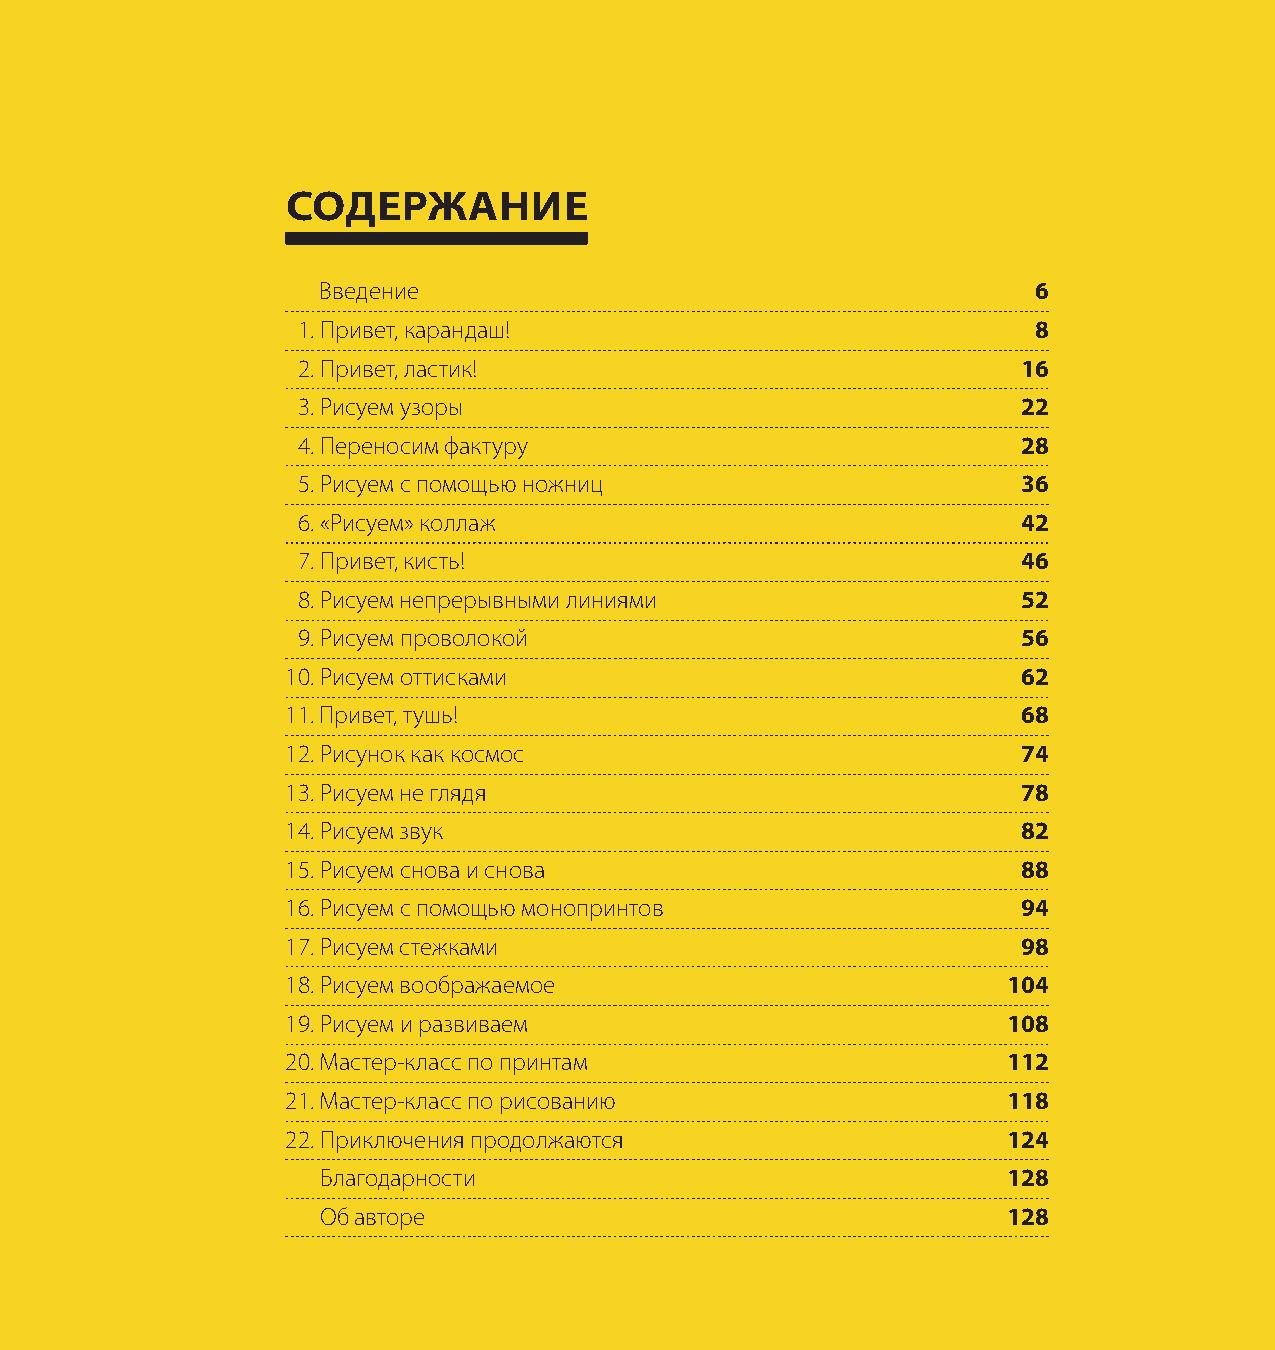
Running footer > 5
 Содержание
 Введение                                        6
 1. Привет, карандаш!                             8
 2. Привет, ластик!                              16
 3. Рисуем узоры                                 22
 4. Переносим фактуру                            28
 5. Рисуем с помощью ножниц                      36
 6. «Рисуем» коллаж                              42
 7. Привет, кисть!                               46
 8. Рисуем непрерывными линиями                  52
 9. Рисуем проволокой                            56
 10. Рисуем оттисками                             62
 11. Привет, тушь!                                68
 12. Рисунок как космос                           74
 13. Рисуем не глядя                              78
 14. Рисуем звук                                  82
 15. Рисуем снова и снова                         88
 16. Рисуем с помощью монопринтов                 94
 17. Рисуем стежками                              98
 18. Рисуем воображаемое                         104
 19. Рисуем и развиваем                          108
 20. Мастер-класс по принтам                     112
 21. Мастер-класс по рисованию                   118
 22. Приключения продолжаются                    124
 Благодарности                                 128
 Об авторе                                     128